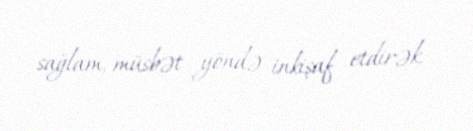
sağlam, müsbət yöndə inkişaf etdirək.